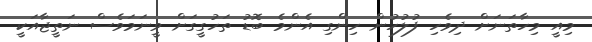
މިއީ މިހާތަނަށް ދިވެހި ފުލުހުން ހިންގި އެންމެ ބޮޑު ތަހުގީގަށް ވީނަމަވެސް ނަތީޖާއަކީ